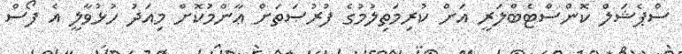
ސްޕެޝަލް ކޮންސްޓެބްލަރީ އަށް ކުރިމަތިލުމުގެ ފުރުޞަތަށް ޢާންމުކޮށް މިއަދު ހުޅުވާލީ އެ ފޯސް